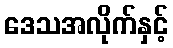
ဒေသအလိုက်နှင့်